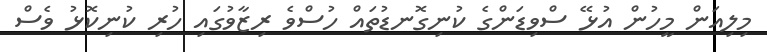
މިލިއަން މީހުން އުޅޭ ސްވިޑަންގެ ކުނިގޮނޑުތައް ހުސްވެ ރިޒާވުގައި ހުރި ކުނިކޮޅު ވެސް